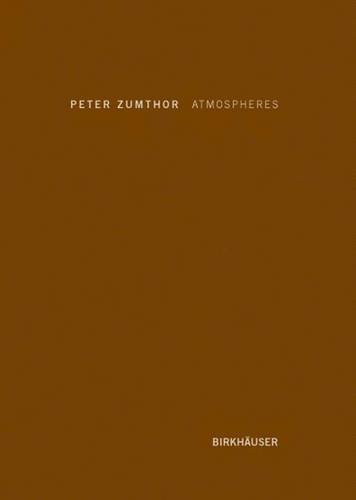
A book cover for Atmospheres; Peter Zumthor; Arts & Photography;